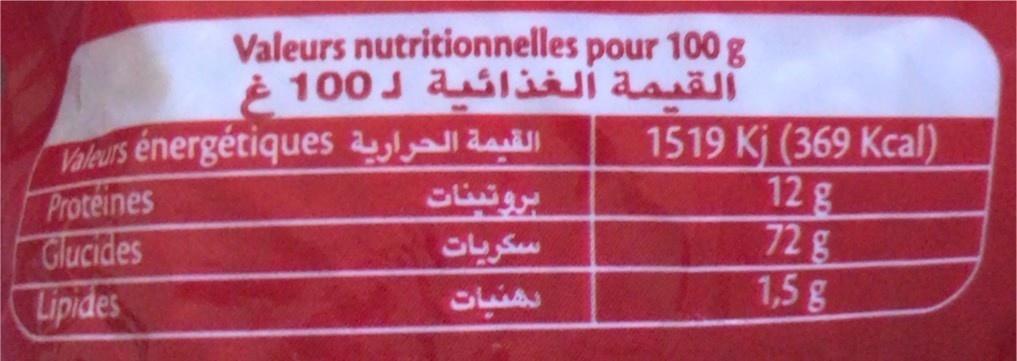
Valeurs nutritionnelles pour 100 g è 100J ali asä
Proteines Glucides Lipides
Valeurs énergétiques da بروتينات سكريات
1519 Kj (369 Kcal) 12g 72g 1,5g
SLMA
225